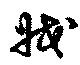
戕